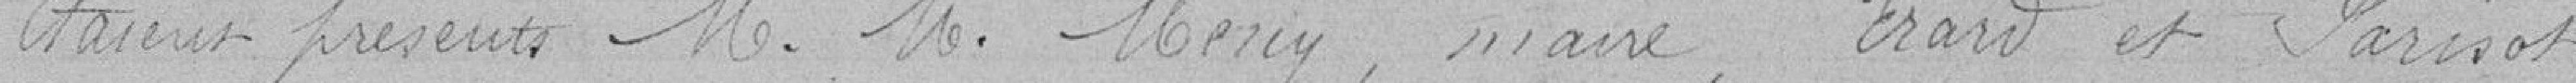
Etaient présents M. M. Mény, maire, Erard et Parisot